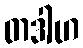
တဒါဟ